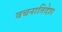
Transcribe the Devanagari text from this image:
वचनातिदेश